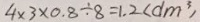
4 \times 3 \times 0 . 8 \div 8 = 1 . 2 ( d m ^ { 3 } )